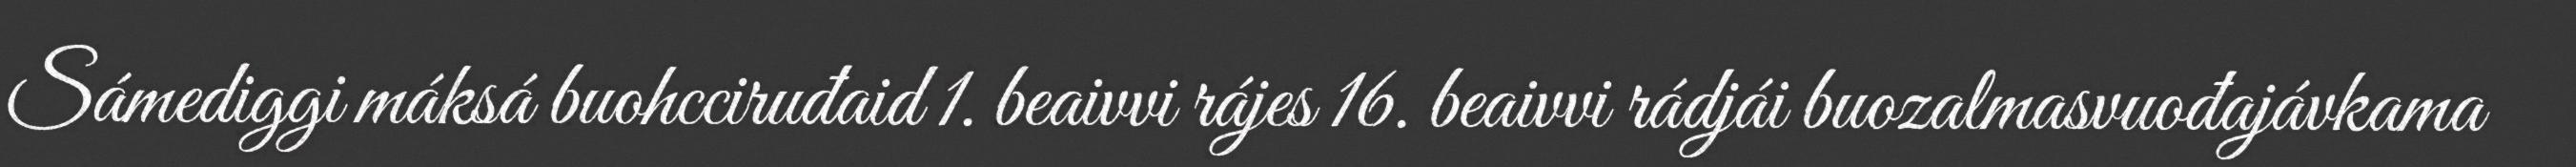
Sámediggi máksá buohcciruđaid 1. beaivvi rájes 16. beaivvi rádjái buozalmasvuođajávkama